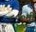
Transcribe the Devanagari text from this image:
८००मी